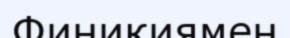
Финикиямен